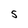
Character: s